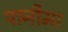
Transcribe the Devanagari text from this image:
पानीमा